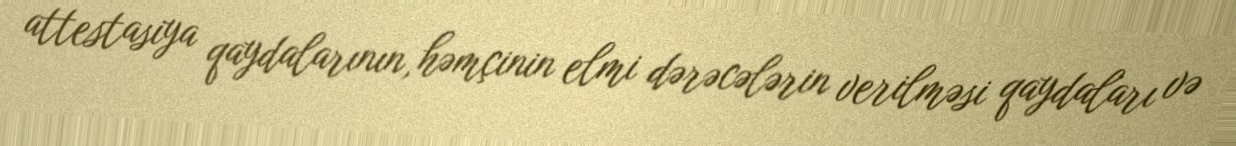
attestasiya qaydalarının, həmçinin elmi dərəcələrin verilməsi qaydaları və